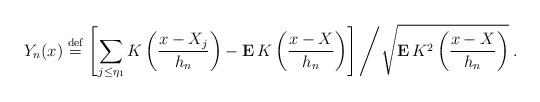
\begin{align*}Y_{n}(x)\stackrel{\rm def}{=}\left[ \sum_{j\leq \eta _{1}}K\left( \frac{x-X_{j}}{h_{n}}\right) -{\bf E\,}K\left( \frac{x-X}{h_{n}}\right) \right]\left/ \sqrt{{\bf E\,}K^{2}\left( \frac{x-X}{h_{n}}\right) }\right. .\end{align*}